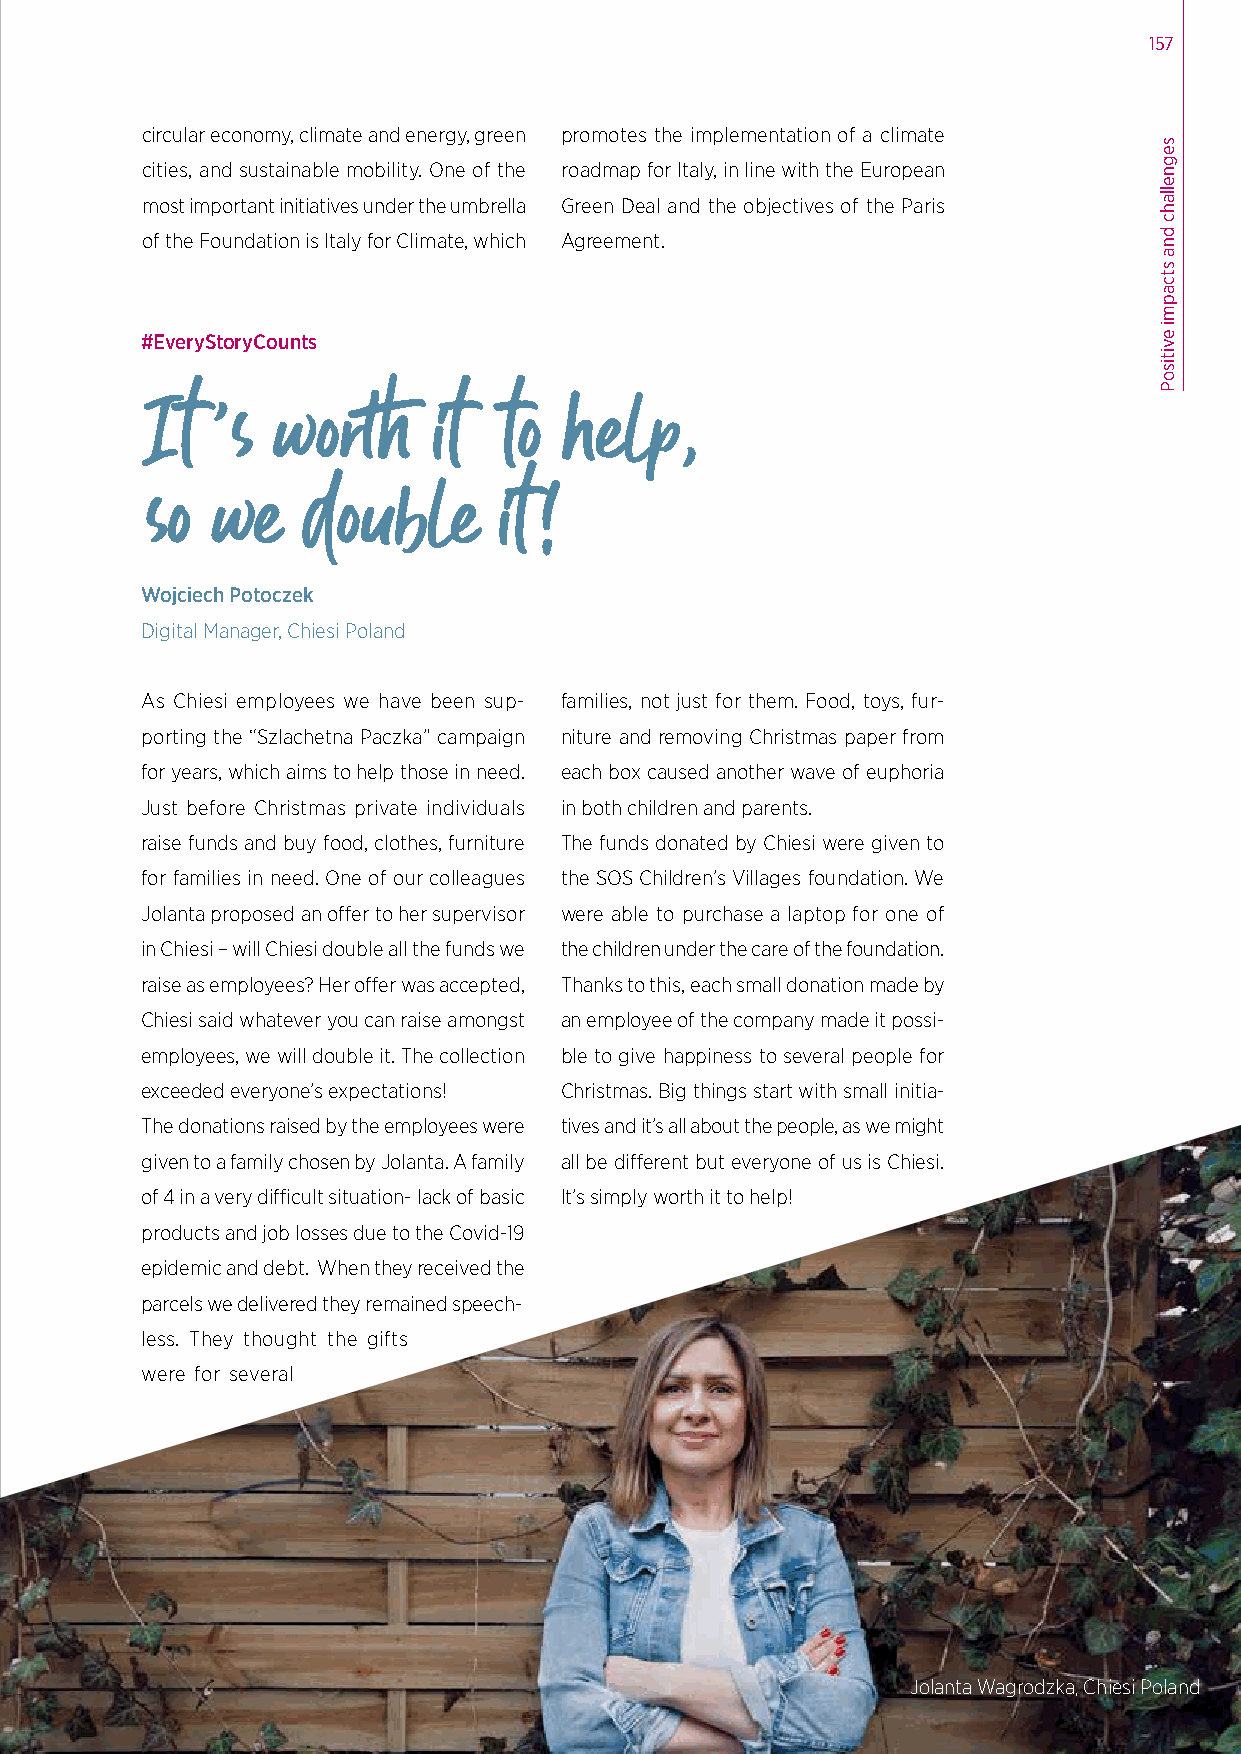
157
 circular economy, climate and energy, green promotes the implementation of a climate
 cities, and sustainable mobility. One of the roadmap for Italy, in line with the European
 most important initiatives under the umbrella Green Deal and the objectives of the Paris
 of the Foundation is Italy for Climate, which Agreement.
 #EveryStoryCounts
 It  ’s  worth      it  to  help,
 so  we    double       it !
 Wojciech Potoczek
 Digital Manager, Chiesi Poland
 As Chiesi employees we have been sup- families, not just for them. Food, toys, fur-
 porting the “Szlachetna Paczka” campaign niture and removing Christmas paper from
 for years, which aims to help those in need. each box caused another wave of euphoria
 Just before Christmas private individuals in both children and parents.
 raise funds and buy food, clothes, furniture The funds donated by Chiesi were given to
 for families in need. One of our colleagues the SOS Children’s Villages foundation. We
 Jolanta proposed an offer to her supervisor were able to purchase a laptop for one of
 in Chiesi – will Chiesi double all the funds we the children under the care of the foundation.
 raise as employees? Her offer was accepted, Thanks to this, each small donation made by
 Chiesi said whatever you can raise amongst an employee of the company made it possi-
 employees, we will double it. The collection ble to give happiness to several people for
 exceeded everyone’s expectations! Christmas. Big things start with small initia-
 The donations raised by the employees were tives and it’s all about the people, as we might
 given to a family chosen by Jolanta. A family all be different but everyone of us is Chiesi.
 of 4 in a very difficult situation- lack of basic It’s simply worth it to help!
 products and job losses due to the Covid-19
 epidemic and debt. When they received the
 parcels we delivered they remained speech-
 less. They thought the gifts
 were for several
 Jolanta Wagrodzka, Chiesi Poland
 segnellahc
 dna
 stcapmi
 evitisoP